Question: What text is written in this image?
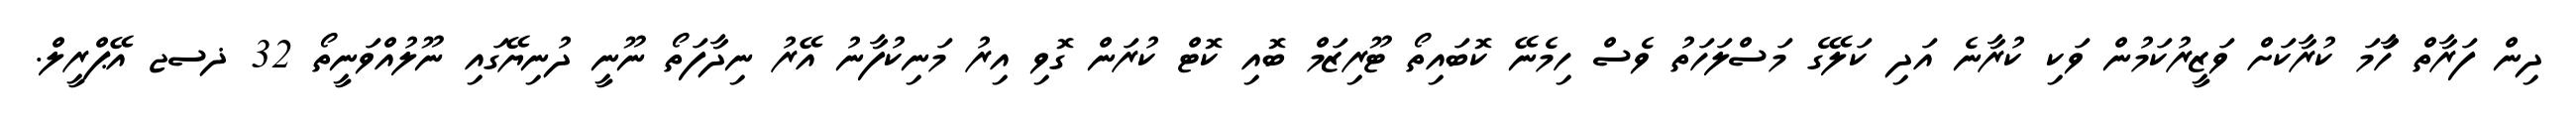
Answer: ދިން ފަރާތް ހަާމަ ކުރާކަށް ވަޒީރުކަމުން ވަކި ކުރާނެ އަދި ކަލޭގެ މަސްލަހަތު ވެސް ހިމެނޭ ކޮބައިތޯ ޓޫރިޒަމް ބޮއި ކޮޓް ކުރަން ގޮވި އިރު މަނިކުފާނު އޭރު ނިދާފަތޯ ނޫނީ ދުނިޔޭގައި ނޫލުއްވަނީތޯ 32 ޛސޖ އޭޕްރީލް.